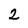
Character: 2